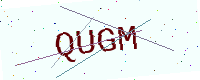
Text: QUGM